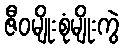
ဇီဝမျိုးစုံမျိုးကွဲ